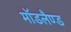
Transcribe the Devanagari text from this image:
मॉडलैण्ड